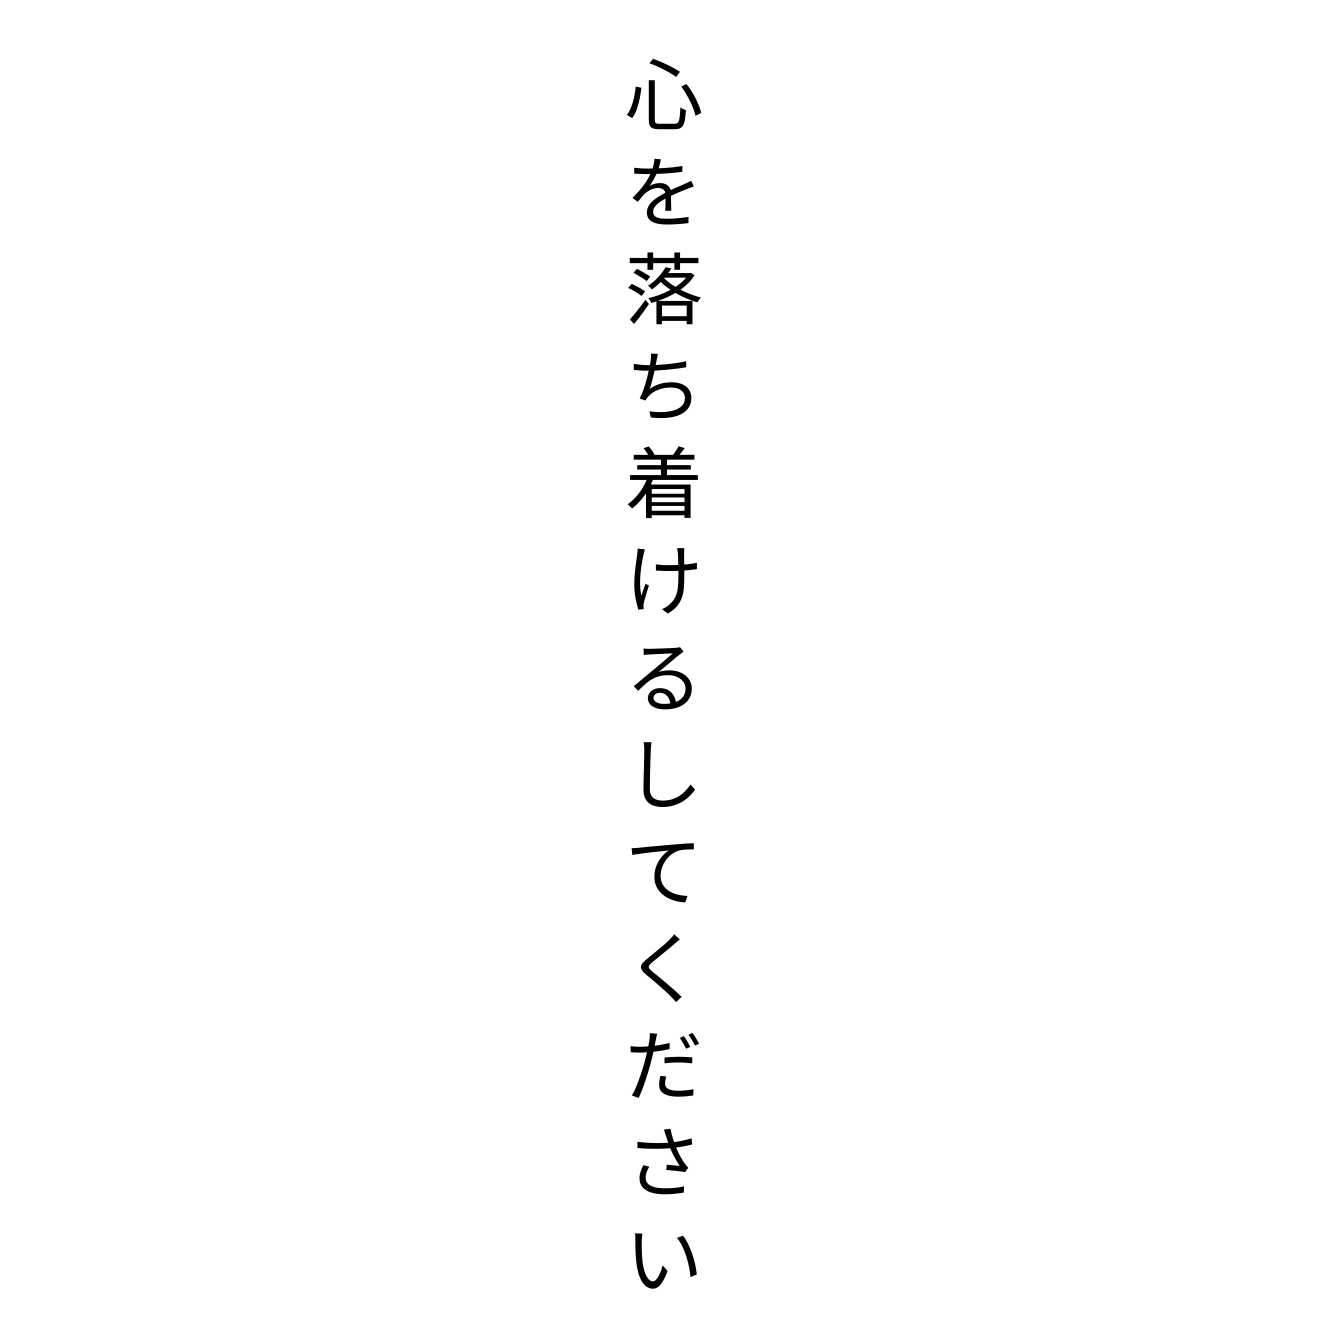
心を落ち着けるしてください